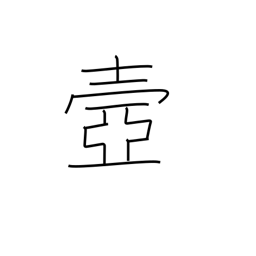
Meaning: palace corridor or passageway